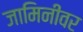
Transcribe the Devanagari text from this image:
जामिनीवर